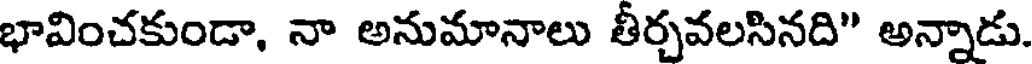
భావించకుండా, నా అనుమానాలు తీర్చవలసినది" అన్నాడు.